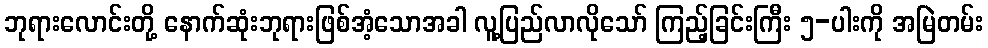
ဘုရားလောင်းတို့ နောက်ဆုံးဘုရားဖြစ်အံ့သောအခါ လူ့ပြည်လာလိုသော် ကြည့်ခြင်းကြီး ၅-ပါးကို အမြဲတမ်း